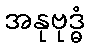
အနုဗုဒ္ဓံ